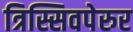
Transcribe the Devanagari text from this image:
त्रिस्सिवपेरुर